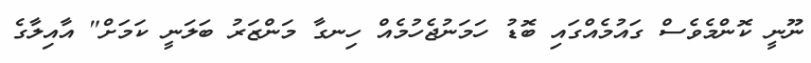
ނޫނީ ކޮންމެވެސް ގައުމެއްގައި ބޮޑު ހަމަނުޖެހުމެއް ހިނގާ މަންޒަރު ބަލަނީ ކަމަށް" އާއިލާގެ